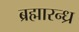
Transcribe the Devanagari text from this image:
ब्रह्मारन्ध्र